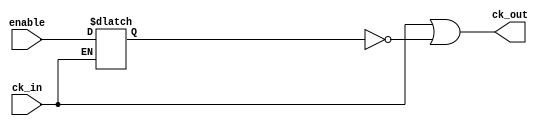

module CG_MOD_neg (ck_in, enable, ck_out);
    input ck_in,enable;
    output ck_out;
    reg enl;

        always @ (ck_in or enable)
        if (ck_in)
            enl = enable ;
        assign ck_out = ck_in | ~enl;
endmodule